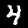
Digit: 4